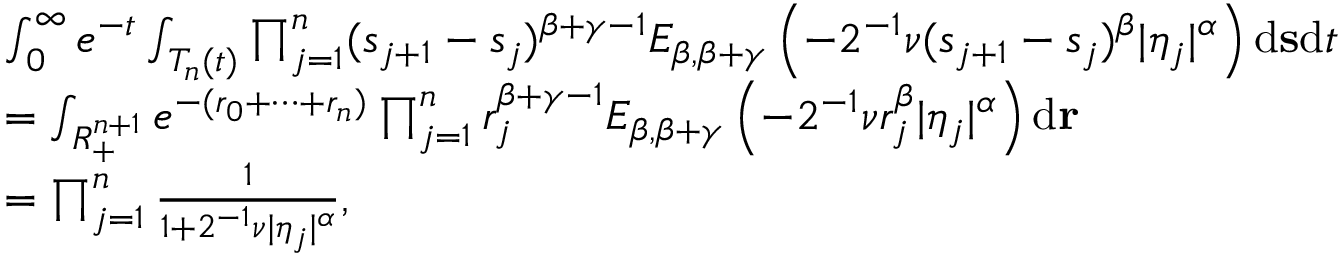
\begin{array} { r l } & { \int _ { 0 } ^ { \infty } e ^ { - t } \int _ { T _ { n } ( t ) } \prod _ { j = 1 } ^ { n } ( s _ { j + 1 } - s _ { j } ) ^ { \beta + \gamma - 1 } E _ { \beta , \beta + \gamma } \left( - 2 ^ { - 1 } \nu ( s _ { j + 1 } - s _ { j } ) ^ { \beta } | \eta _ { j } | ^ { \alpha } \right) \ensuremath { \mathrm { d } } \mathbf { s } \ensuremath { \mathrm { d } } t } \\ & { = \int _ { R _ { + } ^ { n + 1 } } e ^ { - ( r _ { 0 } + \cdots + r _ { n } ) } \prod _ { j = 1 } ^ { n } r _ { j } ^ { \beta + \gamma - 1 } E _ { \beta , \beta + \gamma } \left( - 2 ^ { - 1 } \nu r _ { j } ^ { \beta } | \eta _ { j } | ^ { \alpha } \right) \ensuremath { \mathrm { d } } \mathbf { r } } \\ & { = \prod _ { j = 1 } ^ { n } \frac { 1 } { 1 + 2 ^ { - 1 } \nu | \eta _ { j } | ^ { \alpha } } , } \end{array}